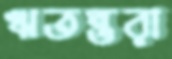
ঋতম্ভরা